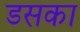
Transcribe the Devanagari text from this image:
डसका